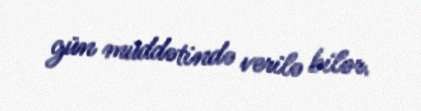
gün müddətində verilə bilər.